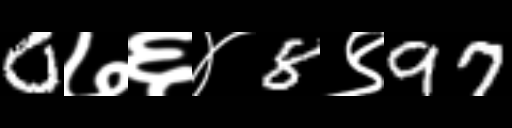
Text: 0७६४8९97